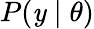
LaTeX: P(\mathit{y}\mid\theta)